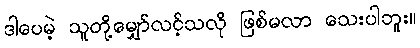
ဒါပေမဲ့ သူတို့မျှော်လင့်သလို ဖြစ်မလာ သေးပါဘူး။